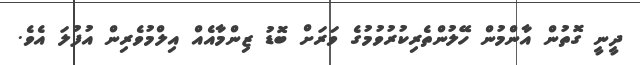
ދީނީ ގޮތުން އާންމުން ހޭލުންތެރިކުރުވުމުގެ ވަރަށް ބޮޑު ޒިންމާއެއް އިލްމުވެރިން އުފުލަ އެވެ.